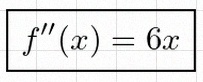
f''(x)=6x